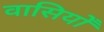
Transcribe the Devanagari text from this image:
वासियोँ